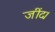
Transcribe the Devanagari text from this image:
जींद।